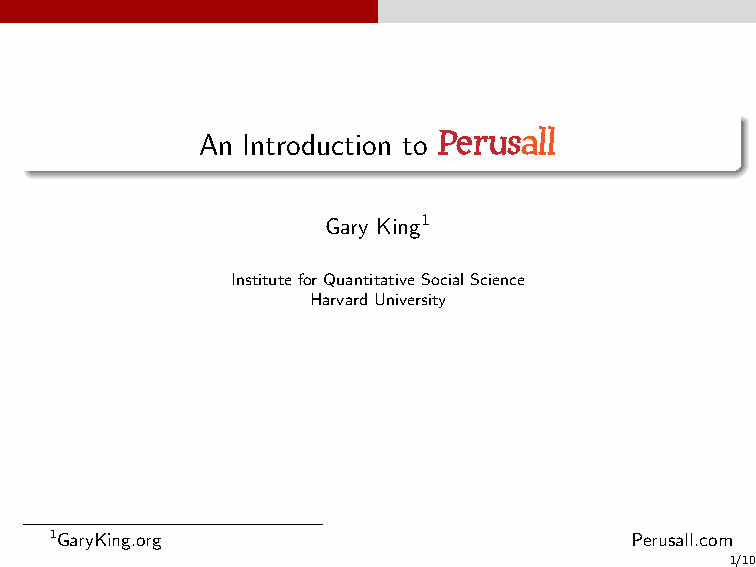
An Introduction to Perusall
 Gary King1
 InstituteforQuantitativeSocialScience
 HarvardUniversity
 1GaryKing.org                          Perusall.com
 1/10